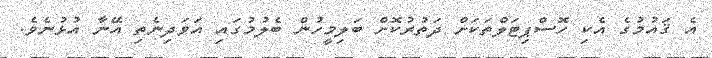
އެ ޤައުމުގެ އެކި ހޮސްޕިޓަލްތަކަށް ދަތުރުކޮށް ބަލިމީހުން ބެލުމުގައި އަވަދިނެތި އޭނާ އުޅުނެވެ.